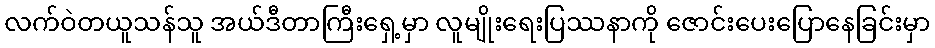
လက်ဝဲတယူသန်သူ အယ်ဒီတာကြီးရှေ့မှာ လူမျိုးရေးပြဿနာကို ဇောင်းပေးပြောနေခြင်းမှာ